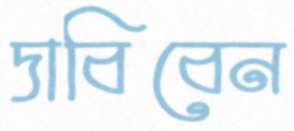
দাবিবেন